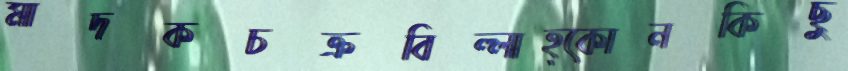
মাদকচক্রবিল্লাহ্কোনকিছু